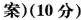
案)(10分)